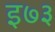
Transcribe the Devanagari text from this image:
इ७३